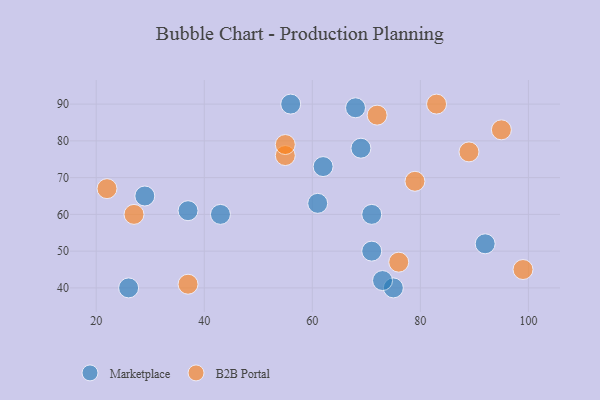
{"axis": {"x": "GDP", "y": "Life Expectancy"}, "legend": ["B2B Portal", "Marketplace"], "data": [{"x": "37", "y": 61, "type": "Marketplace"}, {"x": "61", "y": 63, "type": "Marketplace"}, {"x": "26", "y": 40, "type": "Marketplace"}, {"x": "29", "y": 65, "type": "Marketplace"}, {"x": "92", "y": 52, "type": "Marketplace"}, {"x": "56", "y": 90, "type": "Marketplace"}, {"x": "71", "y": 60, "type": "Marketplace"}, {"x": "43", "y": 60, "type": "Marketplace"}, {"x": "68", "y": 89, "type": "Marketplace"}, {"x": "69", "y": 78, "type": "Marketplace"}, {"x": "71", "y": 50, "type": "Marketplace"}, {"x": "75", "y": 40, "type": "Marketplace"}, {"x": "62", "y": 73, "type": "Marketplace"}, {"x": "73", "y": 42, "type": "Marketplace"}, {"x": "37", "y": 41, "type": "B2B Portal"}, {"x": "55", "y": 76, "type": "B2B Portal"}, {"x": "76", "y": 47, "type": "B2B Portal"}, {"x": "83", "y": 90, "type": "B2B Portal"}, {"x": "27", "y": 60, "type": "B2B Portal"}, {"x": "55", "y": 79, "type": "B2B Portal"}, {"x": "79", "y": 69, "type": "B2B Portal"}, {"x": "99", "y": 45, "type": "B2B Portal"}, {"x": "72", "y": 87, "type": "B2B Portal"}, {"x": "89", "y": 77, "type": "B2B Portal"}, {"x": "22", "y": 67, "type": "B2B Portal"}, {"x": "95", "y": 83, "type": "B2B Portal"}]}